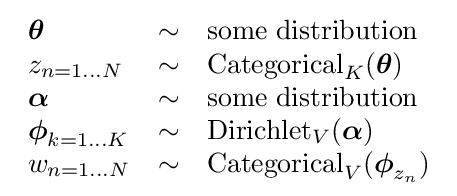
{\begin{array}{lcl}{\boldsymbol {\theta }}&\sim &{\text{some distribution}}\\z_{n=1\dots N}&\sim &\operatorname {Categorical} _{K}({\boldsymbol {\theta }})\\{\boldsymbol {\alpha }}&\sim &{\text{some distribution}}\\{\boldsymbol {\phi }}_{k=1\dots K}&\sim &\operatorname {Dirichlet} _{V}({\boldsymbol {\alpha }})\\w_{n=1\dots N}&\sim &\operatorname {Categorical} _{V}({\boldsymbol {\phi }}_{z_{n}})\\\end{array}}